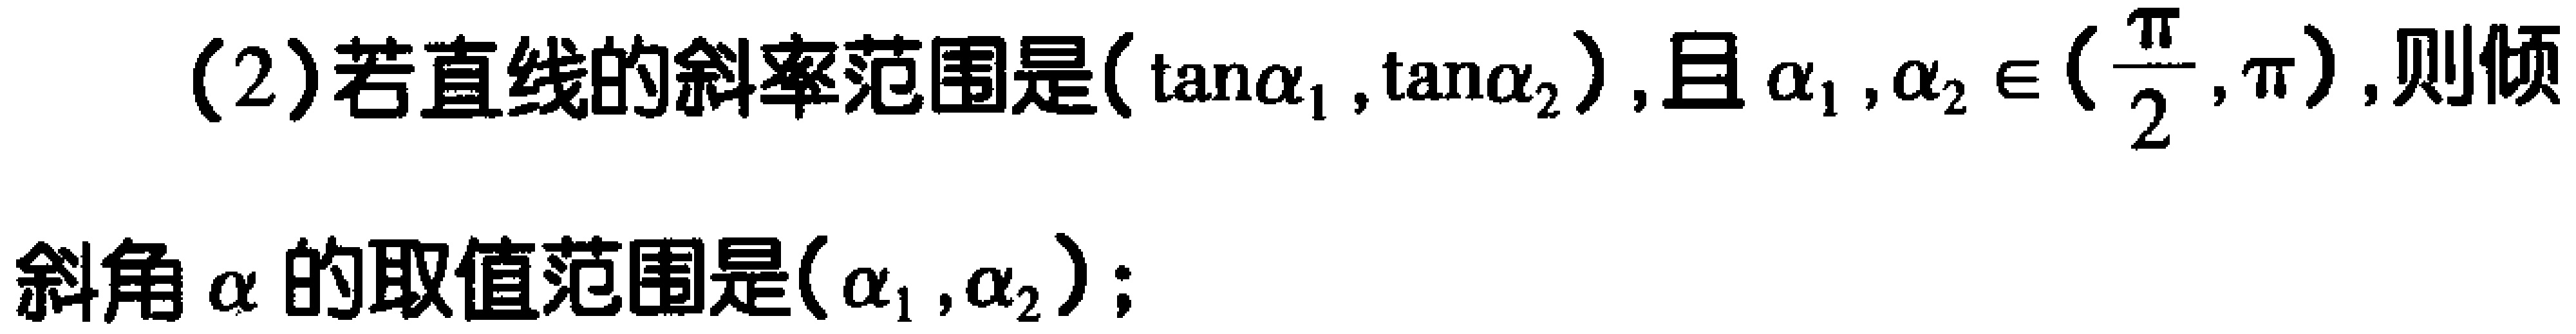
(2)若直线的斜率范围是\((\tan\alpha_{1},\tan\alpha_{2})\)，且\(\alpha_{1},\alpha_{2}\in(\frac{\pi}{2},\pi)\)，则倾
斜角\(\alpha\)的取值范围是\((\alpha_{1},\alpha_{2})\)；